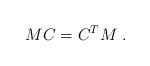
LaTeX: \begin{align*} MC = C^T M\; . \end{align*}